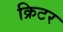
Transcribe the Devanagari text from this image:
क्रिटर